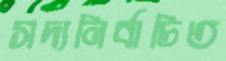
সদ্যনির্বাচিত